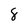
Character: 8